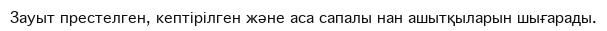
Зауыт престелген, кептірілген және аса сапалы нан ашытқыларын шығарады.